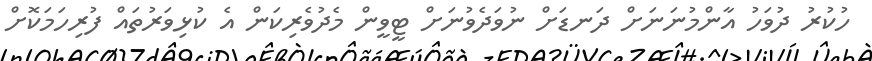
ހުކުރު ދުވަހު އާންމުނަނަށް ދަނޑަށް ނުވަދެވުނަށް ޓީވީން މެދުވެރިކަން އެ ކުޅިވަރުތައް ފުރިހަމަކޮށް